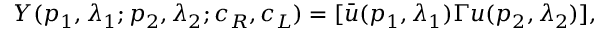
Y ( p _ { 1 } , \lambda _ { 1 } ; p _ { 2 } , \lambda _ { 2 } ; c _ { R } , c _ { L } ) = [ \bar { u } ( p _ { 1 } , \lambda _ { 1 } ) \Gamma u ( p _ { 2 } , \lambda _ { 2 } ) ] ,